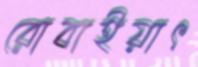
রোবাইয়াৎ